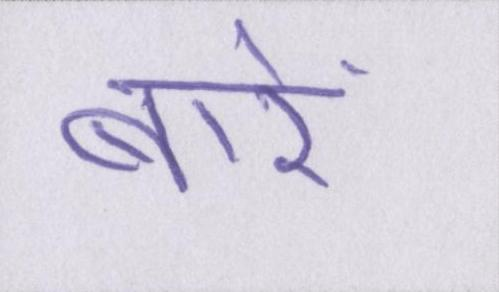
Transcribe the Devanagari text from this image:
बारें